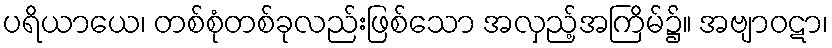
ပရိယာယေ၊ တစ်စုံတစ်ခုလည်းဖြစ်သော အလှည့်အကြိမ်၌။ အဗျာဝဋာ၊